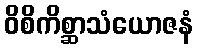
ဝိစိကိစ္ဆာသံယောဇနံ